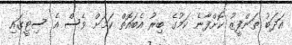
އަދަބު ތަންފީޒު ކޮށްފާނެ ކަމުގެ ބިރު އެބައޮތް ކަމަށް ވެސް އެ ސިޓީގައި